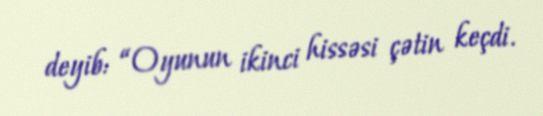
deyib: “Oyunun ikinci hissəsi çətin keçdi.